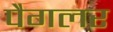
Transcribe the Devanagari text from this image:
पैगलर